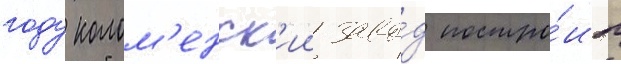
году колом'енск'ии заво́д постро́ил